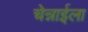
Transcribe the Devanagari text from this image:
चेन्नाईला